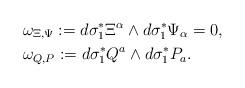
LaTeX: \begin{align*}&\omega_{\Xi,\Psi}:=d\sigma_{1}^{*}\Xi^{\alpha} \wedge d\sigma_{1}^{*}\Psi_{\alpha}=0,\\&\omega_{Q,P}:=d\sigma_{1}^{*}Q^{a}\wedge d\sigma_{1}^{*}P_{a}.\end{align*}